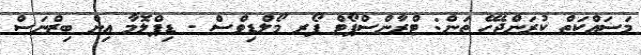
މަސައްކަތް ކުރަންޖެހޭ ތަން: ޓްރާންސްޕޯޓް ފޯރ މޯލްޑިވްސް - ޑިޕްލޮމާ އިން ބިޒްނަސް